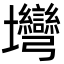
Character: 壪